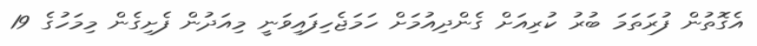
އެގޮތުން ފުރަތަމަ ބުރު ކުރިއަށް ގެންދިއުމަށް ހަމަޖެހިފައިވަނީ މިއަދުން ފެށިގެން މިމަހުގެ 19